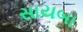
સાયબા